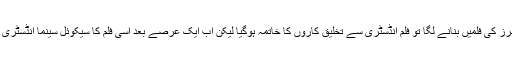
جب ہر پروڈیوسر ایک ہی طرز کی فلمیں بنانے لگا تو فلم انڈسٹری سے تخلیق کاروں کا خاتمہ ہوگیا لیکن اب ایک عرصے بعد اسی فلم کا سیکوئل سینما انڈسٹری کو نئی جہت بخش سکتا ہے۔